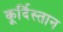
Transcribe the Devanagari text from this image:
कूर्दिस्तान